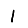
Digit: 1